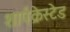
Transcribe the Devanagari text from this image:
शार्पक्रेस्टेड